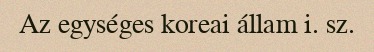
Az egységes koreai állam i. sz.